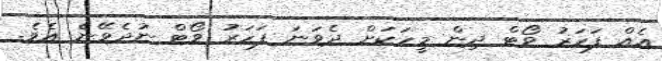
އެއް ފަހަރު ވޯޓް ދިން މީހަކަށް ދެވަނަ ފަހަރު ވޯޓް ނުދެވޭނެ އެވެ.